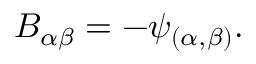
B _ { \alpha \beta } = - \psi _ { ( \alpha , \beta ) } .